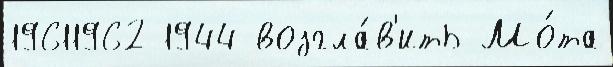
19611962 1944 возгла́в'ить Мо́та